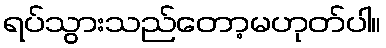
ရပ်သွားသည်တော့မဟုတ်ပါ။